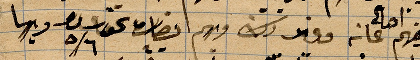
ومنهم أهالي عانه ووففد ذلك منهم أنصاره نحو...